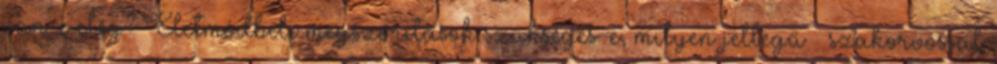
van-e elég? Életmódbeli megszorítások szükséges-e, milyen jellegű – szakorvossal